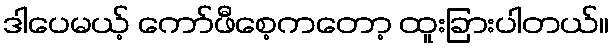
ဒါပေမယ့် ကော်ဖီစေ့ကတော့ ထူးခြားပါတယ်။